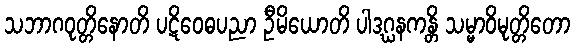
သဘာဂဝုတ္တိနောတိ ပဋိဝေဓပညာ ဦမိယောတိ ပါဒဂ္ဃနကန္တိ သမ္မာဝိမုတ္တိတော